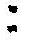
: